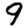
Digit: 9